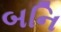
બનિ